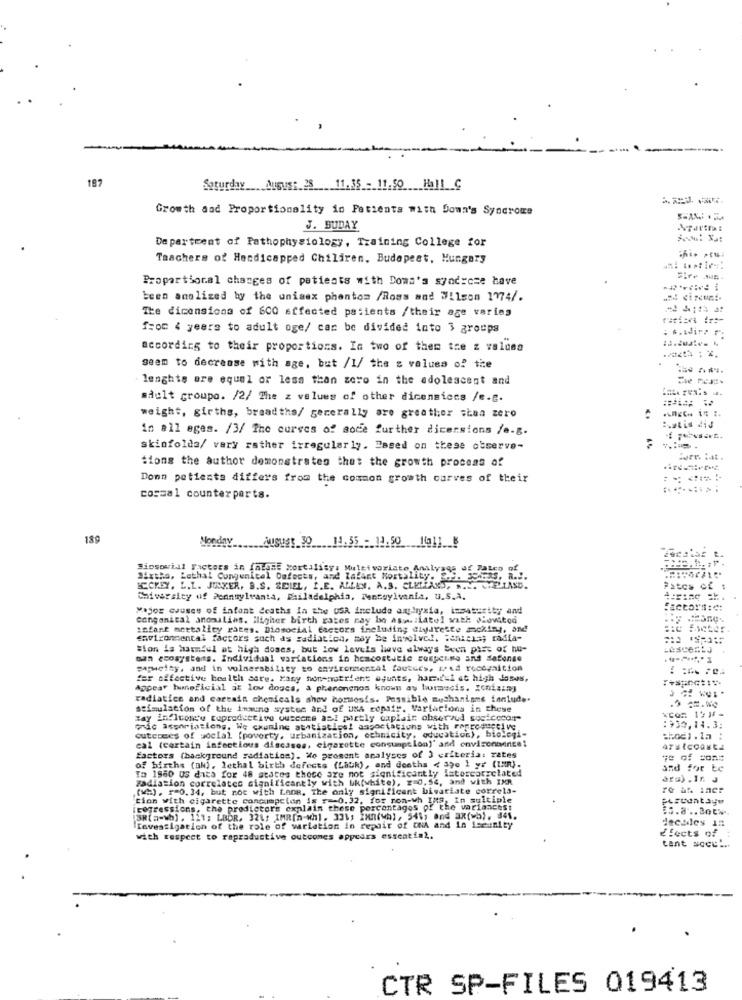
187
Saturday .. August 28_ ___ 11.35 - 11.50_ ___ Hall_C
Growth aad Proportionality in Patients with Down's Syndrome
J. BUDAY
Department of Pathophysiology, Training College for
Teachers of Handicapped Chiliren. Budapest, Hungary
Proportional changes of patients with Doma's syad:cze have
teen analized by the unisex phantom /Ross and Wilson 1774/.
The dimensions of 600 effected patients /their age varies
from 4 years to adult oge/ can be divided into 3 groups
according to their proportions. In two of them tre z valdsa
seem to decrease with age, but /1/ the s values of the
lenghts are equal or less than zero in the adolescent and
adult groupo. /2/ The z values of other dicensiccs /e-g.
weight, girths, breadtha/ generally are greather shaa zero
in all eges. /3/ The curees of aode further dicensions /e-g.
skinfolda/ vary rather irregularly. Based on these observe-
tions the author demonstrates that the growth process of
Donn patients differs from the common growth carves of their
cosaal counterparts.
189
Siosowill Factors in (atonE Mortality: Multivariate, Analyagg of fates
Sixtha, Lathal Congenital Defects, and lafart Mortality. ... 33485,
ECCKEY. L.L. JUNKER. B.S. SPIEL, I.E. ALLEN. A.S. CLETFANS, A ...
Patos of
Chiversley of Pennsylvania, Philadelphia, Fentsylvania, u.S.A.
Major causes of infant deaths in the USA include anphysia, ismaturity and
congenital anomalias. iligher birth rates may be aswiiatel with Lowted
...
infast mortality rates. Diosocial factors fheluding diyireste mckiny, and
savizonmental factors such as zadiatica, may be involvel. Fenicia; radia-
Sion is harmful at high doses, but low levels have always been pist of hu-
man ecosystems. Individual variations in heacostatie russerne and defense
parwelty, and in vulnerability to amviromental fautues, I'd recognition
fer offactive health care, kany honenutrient ogunts, hard'si at high dasas,
Appear hunoficial at low doscs, a phenonenos known as burmecis. zeniainy
radiatics and cartain chemicals show hommesis. Possible mushanisme innlude.
stimulation of the immune system and of UsA ropstr. Variations in these
zay if(Iconsw cupredcetivo ouscene asi partly caplair observed sus cocor
onic associations, We cxumine atatistics!
outcomes of social (poverty, urbanization, ethnicity, oducation), biolegi-
atles! associations with Forrosuccive.
:930,14.3:
cal (certain infectious discases, cigarette consumption)' and environbence!
aratcoasta
factors (background radiation). Mo prosent analyses of 3 criteria: rates
ye of Sons
of births (ah), lethal birth defects (Lauk), and deaths < 39e 1 yr (In).
To 1960 US dita for 48 states those are not significantly latercarrelated
and for Ec
Radiation correlates significantly with wk(white), z=0.54, and with IMR
(wh) . P=0. 34, but not with Lane, The only significant bivariate correla-
tion with cigarette concumpcion is r -- 0.32, for ron-wh IMS, In multiple
regressions, the predictors explain these percentages of
(38(a-wh). 121; LBDR. 321; IMR[n-wh]. 331; Inn(wh), 541; and ax(=b). 341.
decades in
Investigation of the role of variation in repair of ONA and in Iseunity
with respect to rapradustive outcomes appears essential.
effects of :
cant socu ...
CTR SP-FILES 019413